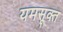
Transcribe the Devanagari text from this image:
यमसूक्त